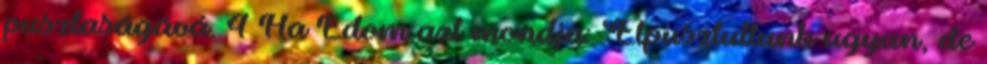
pusztaságává. 4 Ha Edom azt mondja: ‘Elpusztultunk ugyan, de